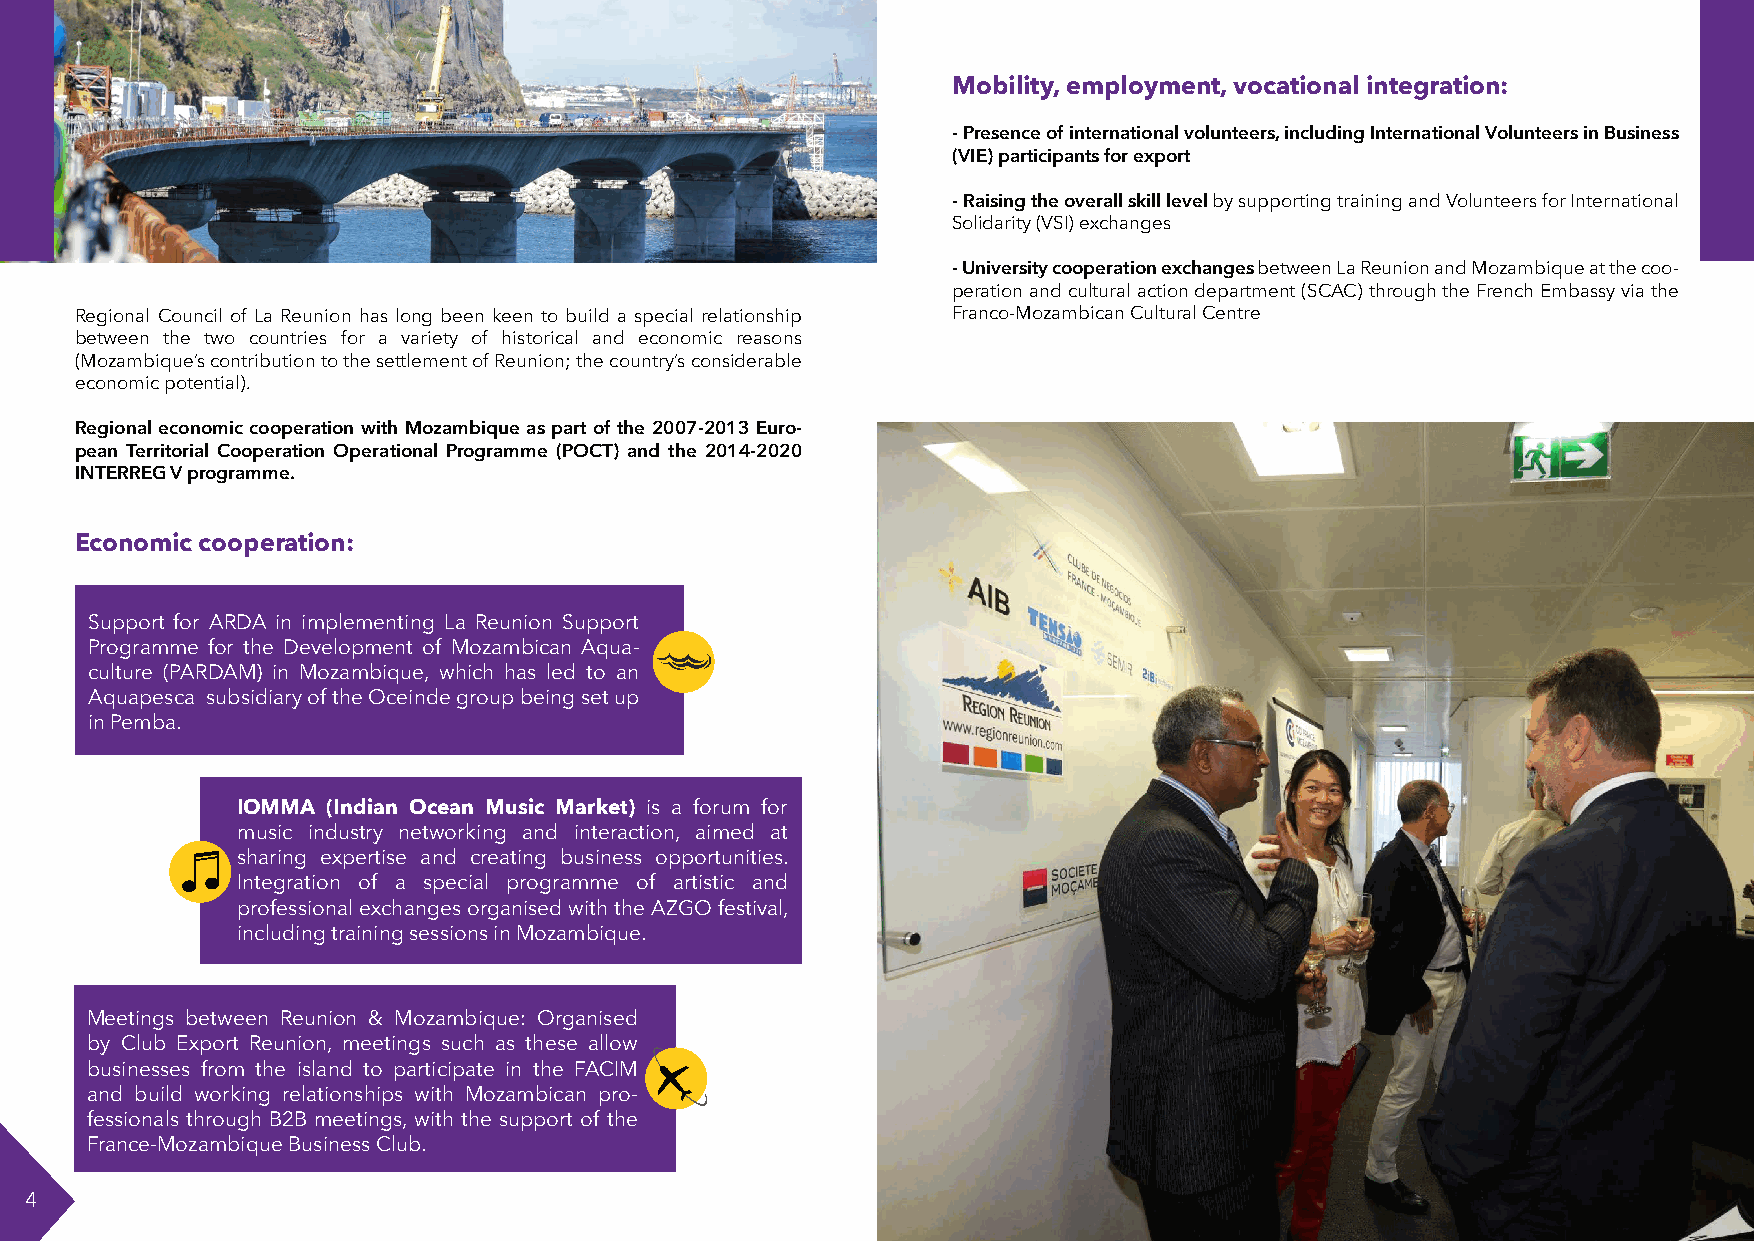
Mobility, employment, vocational integration:
 - Presence of international volunteers, including International Volunteers in Business
 (VIE) participants for export
 - Raising the overall skill level by supporting training and Volunteers for International
 Solidarity (VSI) exchanges
 - University cooperation exchanges between La Reunion and Mozambique at the coo-
 peration and cultural action department (SCAC) through the French Embassy via the
 Regional Council of La Reunion has long been keen to build a special relationship Franco-Mozambican Cultural Centre
 between the two countries for a variety of historical and economic reasons
 (Mozambique’s contribution to the settlement of Reunion; the country’s considerable
 economic potential).
 Regional economic cooperation with Mozambique as part of the 2007-2013 Euro-
 pean Territorial Cooperation Operational Programme (POCT) and the 2014-2020
 INTERREG V programme.
 Economic cooperation:
 Support for ARDA in implementing La Reunion Support
 Programme for the Development of Mozambican Aqua-
 culture (PARDAM) in Mozambique, which has led to an
 Aquapesca subsidiary of the Oceinde group being set up
 in Pemba.
 IOMMA (Indian Ocean Music Market) is a forum for
 music industry networking and interaction, aimed at
 sharing expertise and creating business opportunities.
 Integration of a special programme of artistic and
 professional exchanges organised with the AZGO festival,
 including training sessions in Mozambique.
 Meetings between Reunion & Mozambique: Organised
 by Club Export Reunion, meetings such as these allow
 businesses from the island to participate in the FACIM
 and build working relationships with Mozambican pro-
 fessionals through B2B meetings, with the support of the
 France-Mozambique Business Club.
 4                                                                                                              5